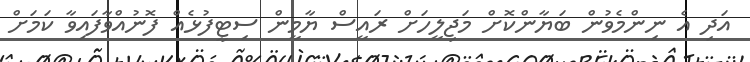
އަދި އެ ނިންމެވުން ބަޔާންކޮށް މަޖިލީހަށް ރައީސް ޔާމީން ސިޓީފުޅެއް ފޮނުއްވާފައިވާ ކަމަށް